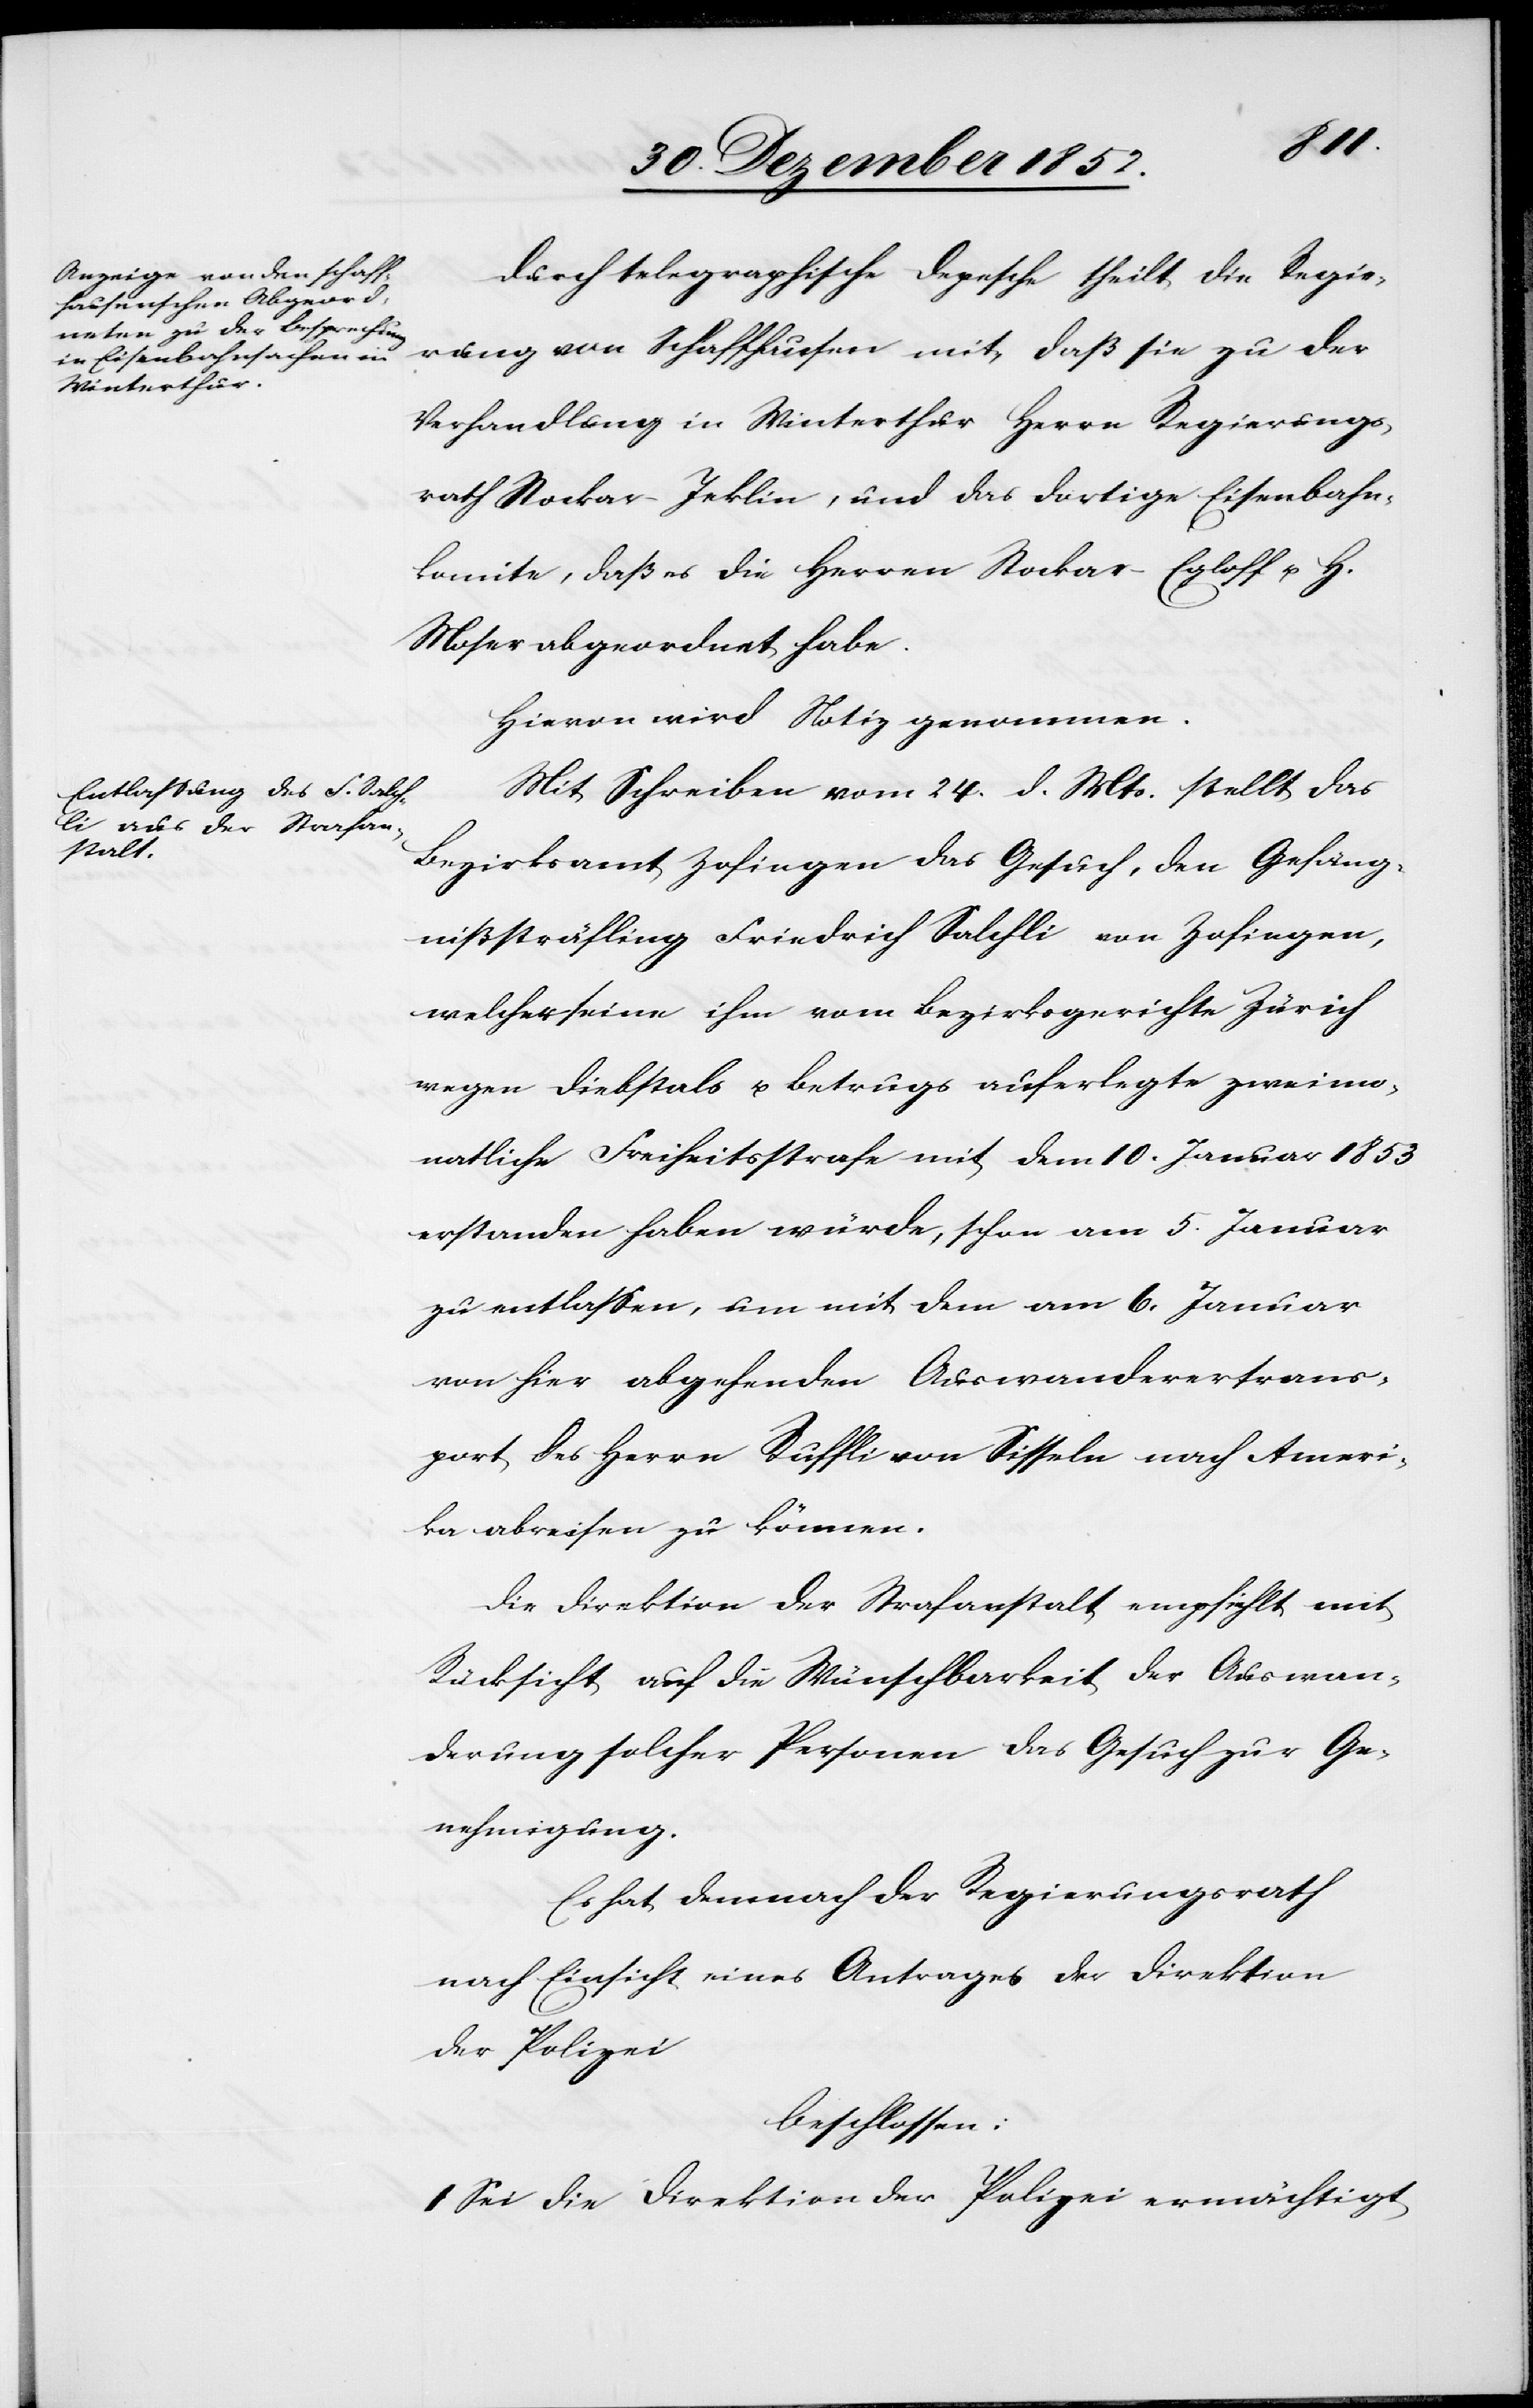
Durch telegraphische Depesche theilt die Regie¬
rung von Schaffhausen mit, daß sie zu der
Verhandlung in Winterthur Herrn Regierungs¬
rath Stockar-Jeklin, und das dortige Eisenbahn¬
komite, daß es die Herren Stockar-Egloff u. H.
Moser abgeordnet habe.
Hievon wird Notiz genommen.
Mit Schreiben vom 24. d. Mts. stellt das
Bezirksamt Zofingen das Gesuch, den Gefäng¬
nißsträfling Friedrich Salchli von Zofingen,
welcher seine ihm vom Bezirksgerichte Zürich
wegen Diebstals u. Betrugs auferlegte zweimo¬
natliche Freiheitsstrafe mit dem 10. Januar 1853
erstanden haben würde, schon am 5. Januar
zu entlassen, um mit dem am 6. Januar
von hier abgehenden Auswanderertrans¬
port des Herrn Ruffli von Sisseln nach Ameri¬
ka abreisen zu können.
Die Direktion der Strafanstalt empfiehlt mit
Rücksicht auf die Wünschbarkeit der Auswan¬
derung solcher Personen das Gesuch zur Ge¬
nehmigung.
Es hat demnach der Regierungsrath
nach Einsicht eines Antrages der Direktion
der Polizei
beschlossen:
I Sei die Direktion der Polizei ermächtigt